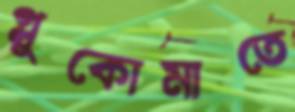
গ্লুকোমাতে